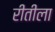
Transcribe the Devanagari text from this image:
रीतीला